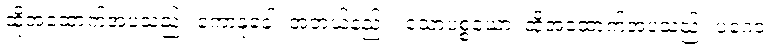
ထိုအထောက်အပံ့သည်။ ကောနုခေါ၊ အဘယ်နည်း။ သောပစ္စယော၊ ထိုအထောက်အပံ့သည်။ ပဂေဝ၊